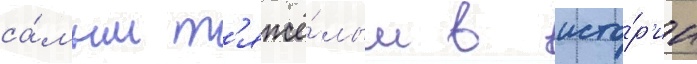
са́мым т'яжё́лым в исто́р'ии